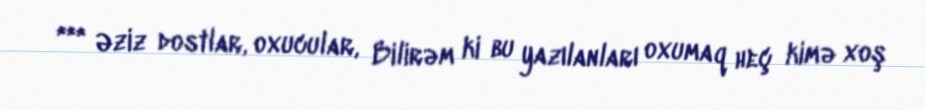
*** Əziz dostlar, oxucular, Bilirəm ki bu yazılanları oxumaq heç kimə xoş